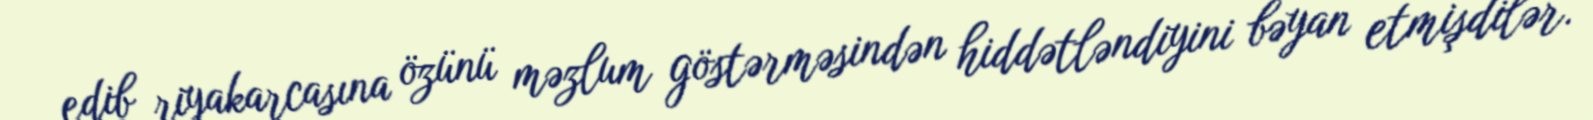
edib riyakarcasına özünü məzlum göstərməsindən hiddətləndiyini bəyan etmişdilər.